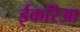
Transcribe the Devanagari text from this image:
ईकरिआ